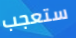
ستعجب